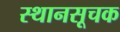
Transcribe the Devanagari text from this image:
स्थानसूचक